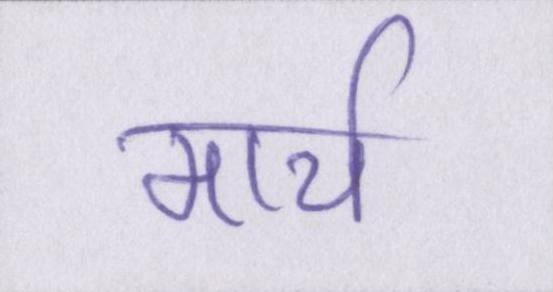
मार्च